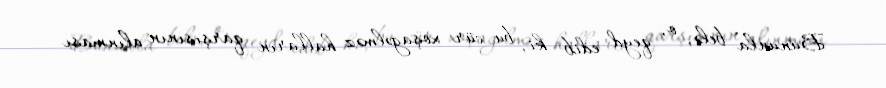
Bununla belə, o, qeyd edib ki, bu cür xoşagəlməz halların qarşısının alınması